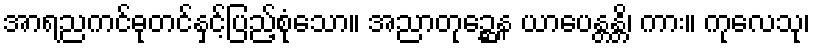
အာရညကင်ဓုတင်နှင့်ပြည့်စုံသော။ အညာတုဉ္ဆေန ယာပေန္တန္တိ၊ ကား။ ကုလေသု၊